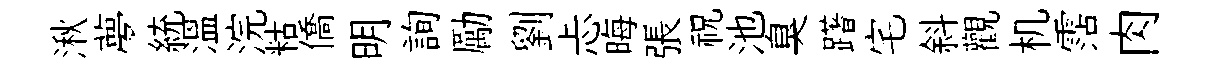
湫夢統温浣䊀僑明詢勵劉忐晦張祝池臭躇宅斜觀机霑肉